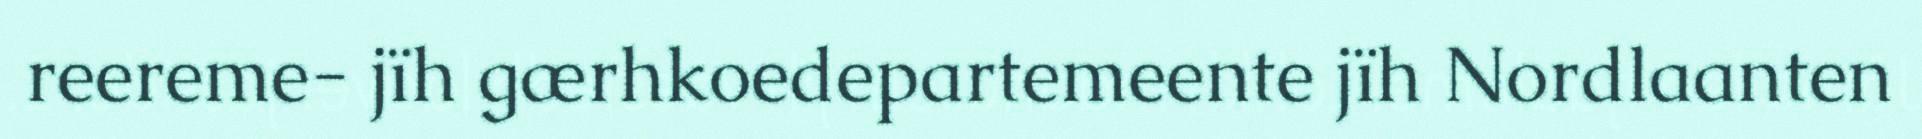
reereme- jïh gærhkoedepartemeente jïh Nordlaanten